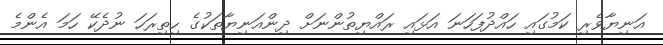
އަނިޔާވެރި ކަމުގައި ހައްދުފަހަނަ އަޅައި ރައްޔިތުންނަށް ދިންއަނިޔާތަކުގެ ހިތިރަހަ ނުދެކޭ ހަމަ އެންމެ